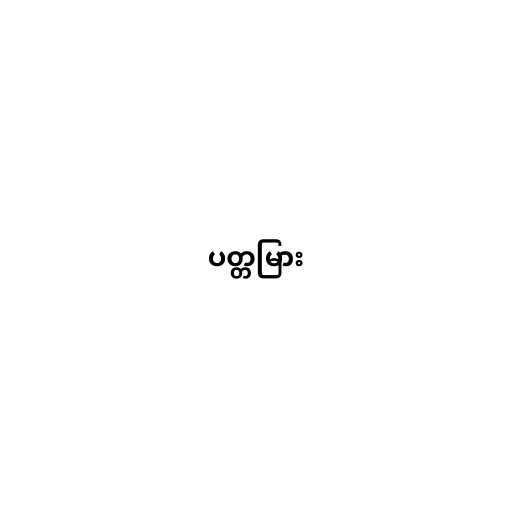
ပတ္တမြား